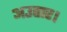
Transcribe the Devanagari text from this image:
अउतार।